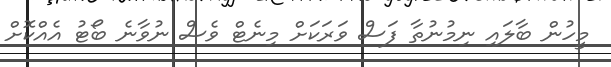
މީހުން ބާލައި ނިމުނުތާ ފަސް ވަރަކަށް މިނެޓް ވެސް ނުވާނެ ބޯޓު އެއްކޮށް